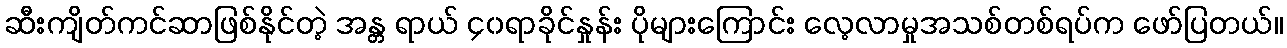
ဆီးကျိတ်ကင်ဆာဖြစ်နိုင်တဲ့ အန္တ ရာယ် ၄၀ရာခိုင်နှုန်း ပိုများကြောင်း လေ့လာမှုအသစ်တစ်ရပ်က ဖော်ပြတယ်။